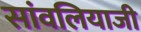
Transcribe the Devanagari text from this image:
सांवलियाजी